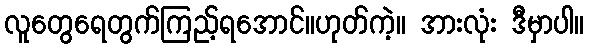
လူတွေရေတွက်ကြည့်ရအောင်။ဟုတ်ကဲ့။ အားလုံး ဒီမှာပါ။